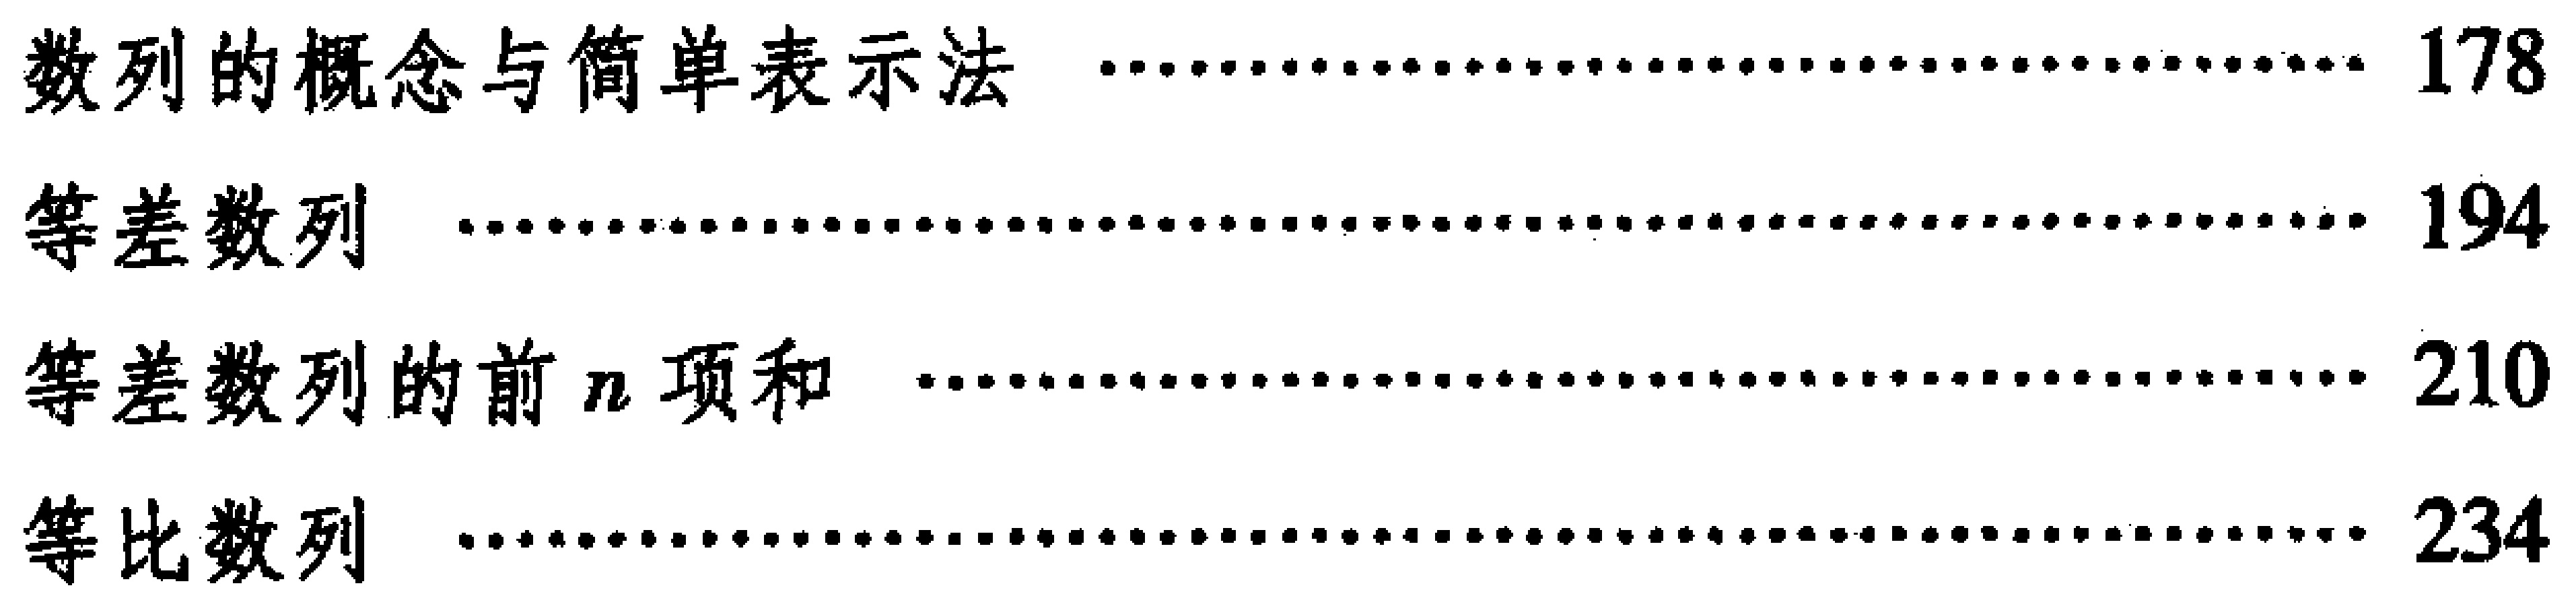
\begin{itemize}
\item 数列的概念与简单表示法 \hfill 178
\item 等差数列 \hfill 194
\item 等差数列的前\(n\)项和 \hfill 210
\item 等比数列 \hfill 234
\end{itemize}